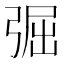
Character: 𢏷